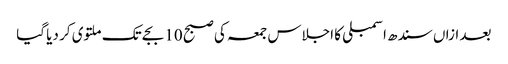
بعد ازاں سندھ اسمبلی کا اجلاس جمعہ کی صبح 10 بجے تک ملتوی کر دیا گیا